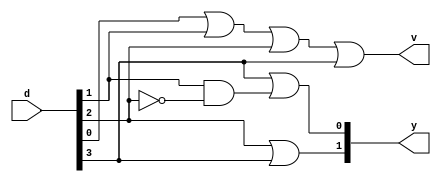
module pencoder(d, y, v);
input [3:0] d;
output [1:0] y;
output v;
assign v=d[0]|d[1]|d[2]|d[3];
assign y[0]=d[3]|(d[1]&~d[2]);
assign y[1]=d[2]|d[3];
endmodule

module testbench();
reg [3:0]d;
wire [1:0]y;
wire v;
pencoder p1(d,y,v);
initial
begin
d=4'd0;
#10 d=4'd1;
#10 d=4'd2;
#10 d=4'd3;
#10 d=4'd4;
#10 d=4'd5;
#10 d=4'd6;
#10 d=4'd7;
#10 d=4'd8;
#10 d=4'd9;
#10 d=4'd10;
#10 d=4'd11;
#10 d=4'd12;
#10 d=4'd13;
#10 d=4'd14;
#10 d=4'd15;
#10 $finish;
end
endmodule